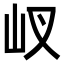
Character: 𡵌